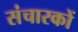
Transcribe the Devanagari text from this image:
संचारकों